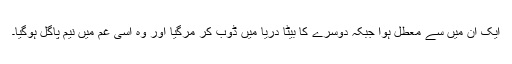
ایک ان میں سے معطل ہوا جبکہ دوسرے کا بیٹا دریا میں ڈوب کر مرگیا اور وہ اسی غم میں نیم پاگل ہوگیا۔